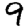
Digit: 9